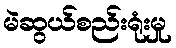
မဲဆွယ်စည်းရုံးမှု